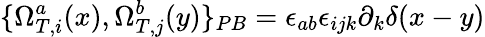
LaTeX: \{ \Omega_{T,i}^{a}(x),\Omega_{T,j}^{b}(y)\} _{PB}=\epsilon_{ab}\epsilon_{ijk}\partial_{k}\delta(x-y)